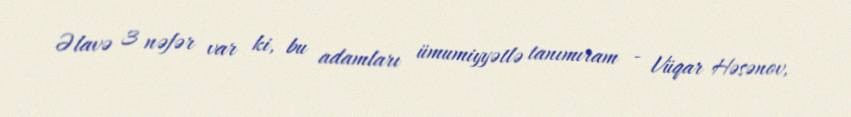
Əlavə 3 nəfər var ki, bu adamları ümumiyyətlə tanımıram - Vüqar Həsənov,